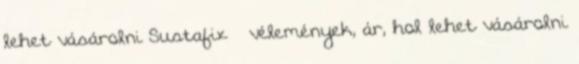
lehet vásárolni Sustafix – vélemények, ár, hol lehet vásárolni